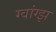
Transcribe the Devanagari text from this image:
ग्वांग्झ